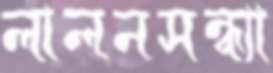
লালনসন্ধ্যা